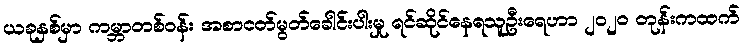
ယခုနှစ်မှာ ကမ္ဘာတစ်ဝန်း အစာငတ်မွတ်ခေါင်းပါးမှု ရင်ဆိုင်နေရသူဦးရေဟာ ၂၀၂၀ တုန်းကထက်